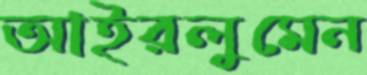
আইরলুমেন